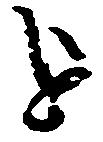
を